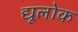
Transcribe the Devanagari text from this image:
द्यूलोक